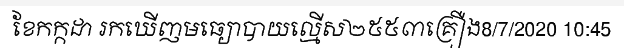
ខែកក្កដា រកឃើញមធ្យោបាយល្មើស២៥៥៣គ្រឿង8/7/2020 10:45